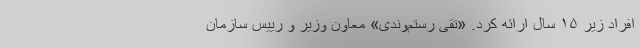
افراد زیر ۱۵ سال ارائه کرد. «تقی رستم‌وندی» معاون وزیر و رییس سازمان